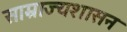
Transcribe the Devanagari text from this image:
साम्राज्यशासन